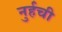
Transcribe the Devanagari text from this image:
नुर्हची